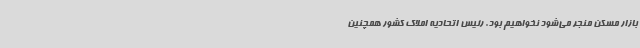
بازار مسکن منجر می‌شود نخواهیم بود. رئیس اتحادیه املاک کشور همچنین